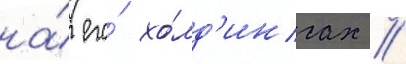
на́ его́ хо́лд'ингах //